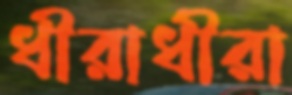
ধীরাধীরা